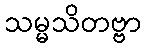
သမ္မသိတဗ္ဗာ